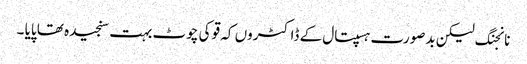
نانجنگ لیکن بدصورت ہسپتال کے ڈاکٹروں کہ قو کی چوٹ بہت سنجیدہ تھا پایا ۔